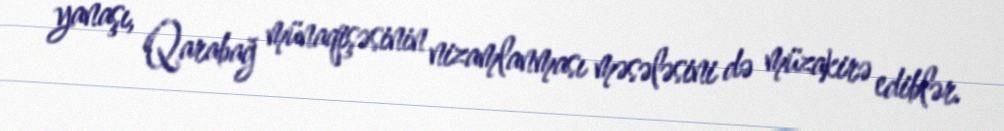
yanaşı, Qarabağ münaqişəsinin nizamlanması məsələsini də müzakirə ediblər.